Vaccination in the Punjab 1897-1904 - 1897-1904
Year: 1897
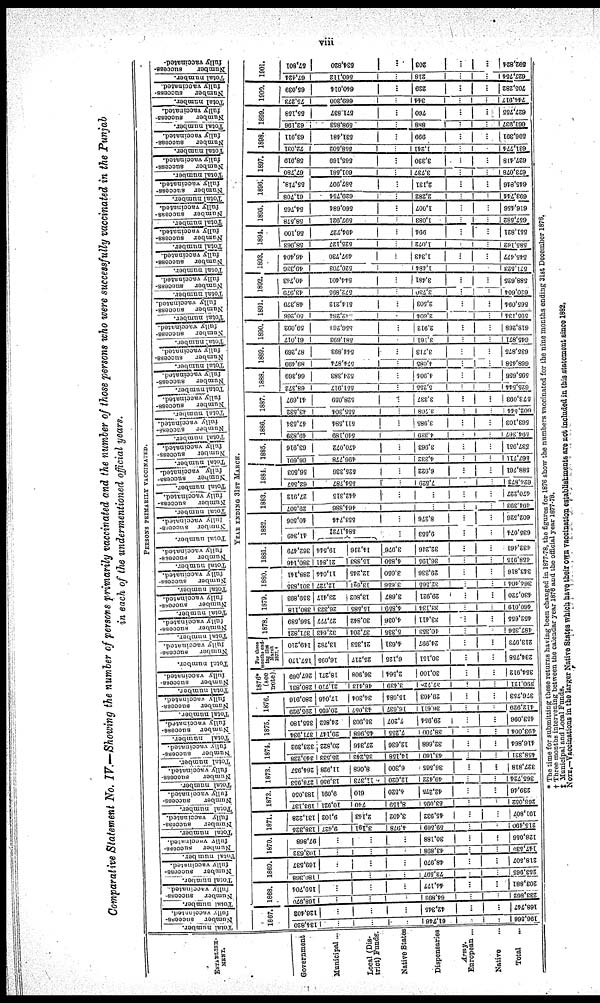
viii
Comparative Statement No. IV.—Showing the number of persons primarily vaccinated and the number of those persons who were successfully vaccinated in the Punjab
in each of the undermentioned official years.
ESTABLISH¬
MENT.
Government
Municipal ...
Local (Dis¬
trict) Funds.
Native State
Dispensaries
Army.
European ...
Native ...
Total ...
PERSONS PRIMARILY VACCINATED.
Total number.
Number success-
fully vaccinated.
Total number.
Number
success-
fully vaccinated.
Total number.
Number success-
fully vaccinated.
Total number.
Number success¬
fully vaccinated.
Total number.
Number
success-
fully vaccinated.
Total number.
Number
success-
fully vaccinated.
Total number.
Number
success-
fully vaccinated.
Total number.
Number success-
fully vaccinated.
Total number.
Number success-
fully vaccinated.
Total number.
Number
success-
fully vaccinated.
Total number.
Number
success-
fully vaccinated.
Total number.
Number
success-
fully vaccinated.
Total number.
Number success-
fully vaccinated.
Total number.
Number
success-
fully vaccinated.
Total number.
Number
success-
fully vaccinated.
Total number.
Number success-
fully vaccinated.
Total number.
Number success¬
fully vaccinated.
Total number.
Number
success-
fully vaccinated.
Total number.
Number
success-
fully vaccinated.
Total number.
Number
success-
fully vaccinated.
Total number.
Number
success-
fully vaccinated.
Total number.
Number
success-
fully vaccinated.
Total number.
Number
success-
fully vaccinated.
Total number.
Number
success¬
fully vaccinated.
Total number.
Number
success-
fully vaccinated.
Total number.
Number
success-
fully vaccinated.
Total number.
Number
success-
fully vaccinated.
Total number.
Number success-
fully vaccinated.
Total number.
Number success-
fully vaccinated.
Total number.
Number success-
fully vaccinated.
Total number.
Number success-
fully vaccinated.
Total number.
|
Number
success-
fully vaccinated.
Total number.
Number
success-
fully vaccinated.
Total number.
Number
success-
fully vaccinated.
Total number.
Number
success-
fully vaccinated.
Total number.
Number
success-
fully vaccinated.
YEAR ENDING 31ST MARCH.
1867.
134,820
...
...
...
61,746
...
...
196,566
126,402
...
...
...
42,345
...
...
168,747
1868.
168,970
...
...
...
64,892
...
...
233,862
159,704
...
...
...
44,177
...
...
203,881
1869.
180,368
...
...
...
73,597
...
...
253,965
169,537
...
...
...
48,970
...
...
218,507
1870.
103,632
...
...
...
43,898
...
...
147,530
97,868
...
...
...
30,188
...
...
128,056
1871.
138,325
9,427
3,191
4,978
59,569
...
...
215,490
131,228
9,102
2,143
3,402
45,932
...
...
191,807
1872.
193,137
10,921
740
8,159
53,095
...
...
266,052
183,050
9,091
610
4,520
42,275
...
...
239,46
1873.
278,953
13,956
11,373
12,020
49,422
...
...
365,724
264,957
11,928
8,068
6,300
36,565
...
...
327,818
1874.
340,228
25,533
35,242
14,158
43,160
...
...
458,321
323,392
20,822
27,346
12,636
32,668
...
...
416,864
1875.
371,934
29,147
45,968
7,255
38,700
...
...
493,004
355,180
24,852
35,903
7,207
29,954
...
...
453,096
1876.
295,929
20,695
43,057
16,637
36,611
...
...
412,929
280,916
17,046
34,304
15,084
29,403
...
...
376,753
1876*
(see
note).
280,831
21,710
46,413
3, 439
37,728
...
...
390,121
267,069
18,271
36,908
2,564
30,100
...
...
354,912
For three
months end-
ing 31st
March
1877. †
157,170
16,095
25,217
6,125
30,151
...
...
234,758
149,210
13,782
21,353
4,631
24,997
...
...
213,973
1878.
371,821
32,643
37,204
5,335
40,353
...
...
487,356
356,589
27,777
30,842
4,036
33,411
...
...
452,655
1879.
380,118
26,323
15,585
4,859
33,134
...
...
460,019
359,893
23,417
13,802
3,687
29,921
...
...
430,720
1880.
301,835
12,727
13,621
3,656
32,565
...
...
364,404
288,141
11,044
12,245
3,050
29,336
...
...
343,816
1881.
380,146
21,841
15,883
4,850
36,195
...
...
458,915
362,479
19,544
14,216
3,976
32,246
...
...
432,461
1882.
41,349
584,172‡
...
9,553
...
...
635,074
40,506
553,744
...
8,276
...
...
602,526
1883.
29,507
464,886
...
...
...
...
494,393
27,912
442,315
...
...
...
...
470,227
1884.
62,557
554,787
...
7,529
...
...
624,873
56,503
525,336
...
6,922
...
...
588,761
1885.
66,601
496,778
...
4,332
...
...
567,711
63,916
470,072
...
3,963
...
...
537,951
1886.
49,839
540,189
...
4,339
...
...
594,367
47,534
511,584
...
3,985
...
...
563,103
1887.
43,532
555,304
...
3,708
...
...
602,544
41,697
528,059
...
3,337
...
...
573,093
1888.
68,372
551,917
...
5,255
...
...
625,544
66,369
524,383
...
4,904
...
...
595,656
1889.
89,499
574,874
...
4,085
...
...
668,458
87,269
544,893
...
3,713
...
...
635,875
1890.
61,017
581,693
...
3,161
...
...
645,871
59,092
556,264
...
2,912
...
...
618,268
1891.
50,266
942,264
...
2,604
...
...
595,134
48,379
514,212
...
2,503
...
...
565,094
1892.
43,979
572,895
...
3,730
...
...
620,604
40,743
544,401
...
3,481
...
...
588,625
1893.
49,336
520,703
...
1,484
...
...
571,523
46,404
497,730
...
1,343
...
...
545,477
1894.
58,963
525,127
...
1,072
...
...
585,162
56,100
494,727
...
994
...
...
551,821
1895.
58,578
597,921
...
1,083
...
...
657,582
54,765
560,684
...
1,007
...
...
616,456
1896
61,708
629,754
...
2,282
...
...
693,744
55,718.
587,997
...
2,131
...
...
645,846
1897.
67,780
601,561
...
3,737
...
...
673,078
58,919
565,169
...
3,330
...
...
627,418
1898.
72,031
558,502
...
1,241
...
...
631,774
63,911
531,481
...
999
...
...
596,391
1899.
62,196
598,853
...
888
...
...
661,937
55,158
571,837
...
760
...
...
627,755
1900.
75,273
669,300
...
344
...
...
744,917
65,039
640,014
...
229
...
...
705,282
1901.
67,424
560,112
...
218
...
...
627,754
57,801
534,820
...
203
...
...
592,824
* The time for submitting these returns having been changed in 1877-78, the figures for 1876 show the numbers vaccinated for the nine months ending 31st December 1876.
† Three months intervening between the calendar year 1876 and the official year 1877-78.
‡ Municipal and Local Funds.
NOTE.—Vaccinations in the larger Native States which have their own vaccination establishments are not included in this statement since 1882.